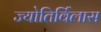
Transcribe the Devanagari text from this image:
ज्योतिर्विलास